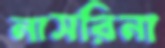
নাসরিনা